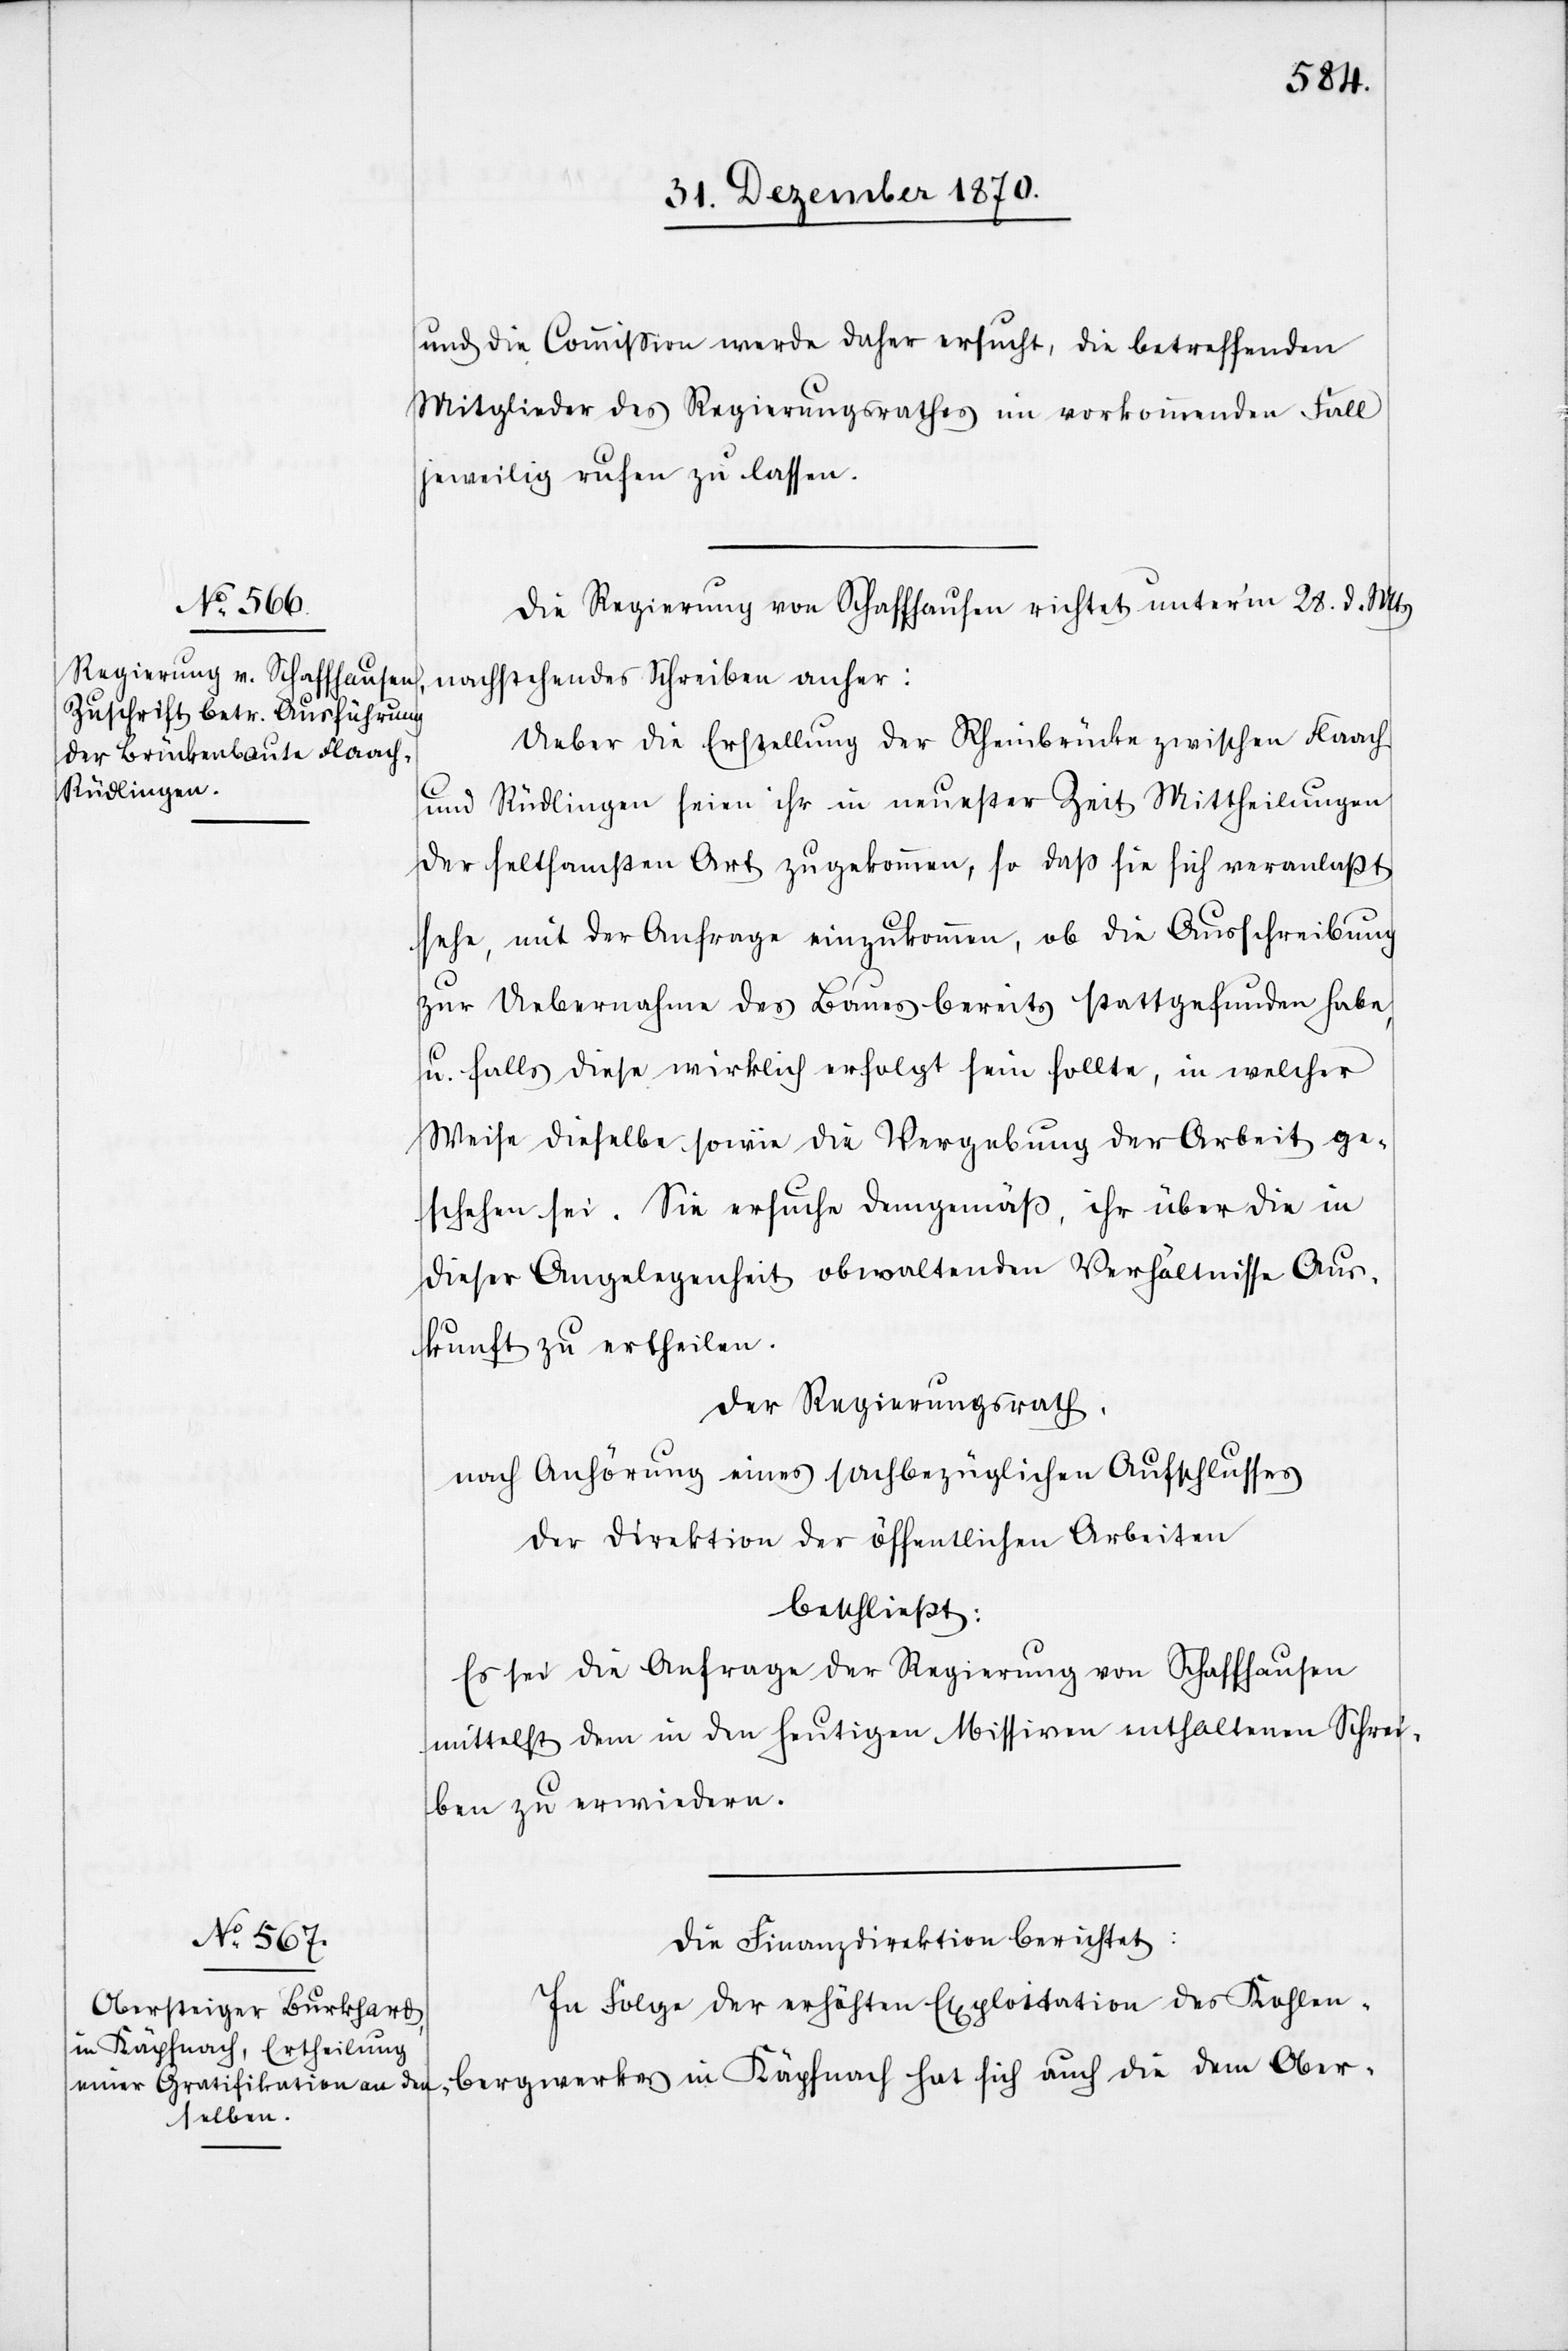
und die Commißion werde daher ersucht, die betreffenden
Mitglieder des Regierungsrathes in vorkommenden Fall
jeweilig rufen zu lassen.
Die Regierung von Schaffhausen richtet unter’m 28. d. Mts.
nachstehendes Schreiben anher:
Ueber die Erstellung der Rheinbrücke zwischen Flaach
und Rüdlingen seien ihr in neuester Zeit Mittheilungen
der seltsamsten Art zugekommen, so daß sie sich veranlaßt
sehe, mit der Anfrage einzukommen, ob die Ausschreibung
zur Uebernahme des Baues bereits stattgefunden habe,
u. falls diese wirklich erfolgt sein sollte, in welcher
Weise dieselbe sowie die Vergebung der Arbeit ge¬
schehen sei. Sie ersuche demgemäß, ihr über die in
dieser Angelegenheit obwaltenden Verhältnisse Aus¬
kunft zu ertheilen.
Der Regierungsrath,
nach Anhörung eines sachbezüglichen Aufschlusses
der Direktion der öffentlichen Arbeiten
beschließt:
Es sei die Anfrage der Regierung von Schaffhausen
mittelst dem in den heutigen Missiven enthaltenen Schrei¬
ben zu erwiedern.
Die Finanzdirektion berichtet:
In Folge der erhöhten Exploitation des Kohlen¬
bergwerkes